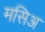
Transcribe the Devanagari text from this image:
मसिअ